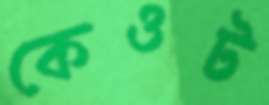
কেওট